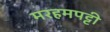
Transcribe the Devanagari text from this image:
मरहमपट्टी